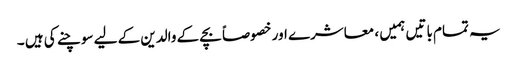
یہ تمام باتیں ہمیں ، معاشرے اور خصوصاً بچے کے والدین کے لیے سوچنے کی ہیں ۔